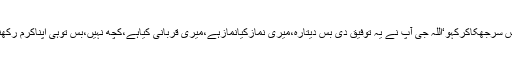
بس سرجھکاکرکہو‘اللہ جی آپ نے یہ توفیق دی بس دیتارہ،میری نمازکیانمازہے،میری قربانی کیاہے،کچھ نہیں،بس توہی اپناکرم رکھنا۔